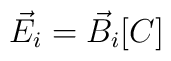
\vec{E}_{i}=\vec{B}_{i}[C]